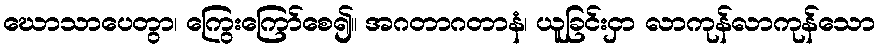
ဃောသာပေတွာ၊ ကြွေးကြော်စေ၍။ အဂတာဂတာနံ၊ ယူခြင်းငှာ လာကုန်လာကုန်သော